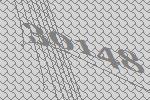
30148